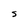
Character: S